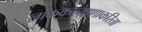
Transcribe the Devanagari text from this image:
लोककल्याणाकरिता